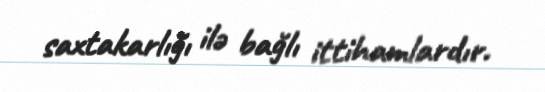
saxtakarlığı ilə bağlı ittihamlardır.